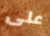
على